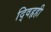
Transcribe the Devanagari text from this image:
द्विहृही